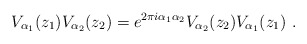
\begin{align*} V_{\alpha_1}(z_1)V_{\alpha_2}(z_2) = e^{2\pi i\alpha_1\alpha_2} V_{\alpha_2} (z_2) V_{\alpha_1}(z_1)~.\end{align*}